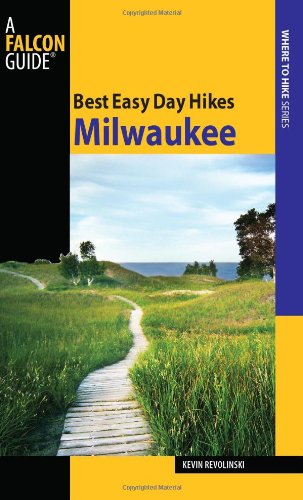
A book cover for Best Easy Day Hikes Milwaukee (Best Easy Day Hikes Series); Kevin Revolinski; Travel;